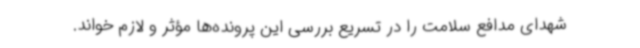
شهدای مدافع سلامت را در تسریع بررسی این پرونده‌ها مؤثر و لازم خواند.